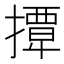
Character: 𢶁